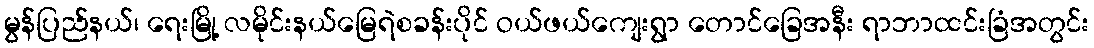
မွန်ပြည်နယ်၊ ရေးမြို့ လမိုင်းနယ်မြေရဲစခန်းပိုင် ဝယ်ဖယ်ကျေးရွာ တောင်ခြေအနီး ရာဘာထင်းခြံအတွင်း